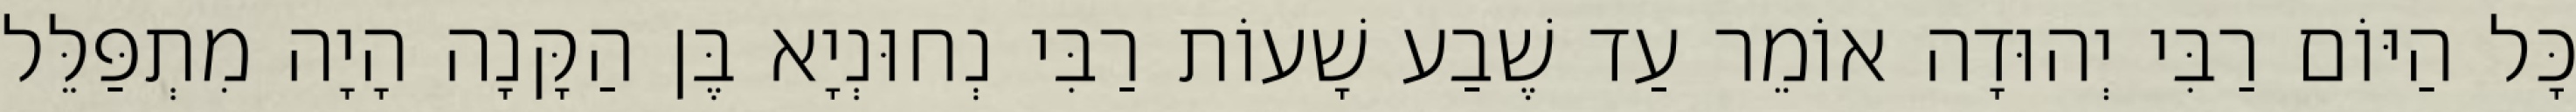
כָּל הַיּוֹם רַבִּי יְהוּדָה אוֹמֵר עַד שֶׁבַע שָׁעוֹת רַבִּי נְחוּנְיָא בֶּן הַקָּנָה הָיָה מִתְפַּלֵּל